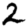
Digit: 2